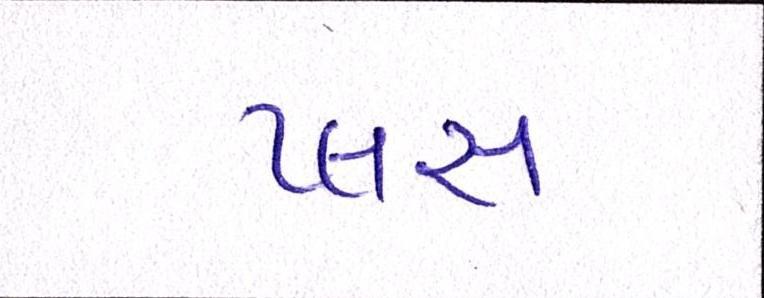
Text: પ્લસ